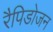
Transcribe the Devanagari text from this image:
रैपिडोजन